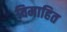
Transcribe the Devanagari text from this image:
विमाहित